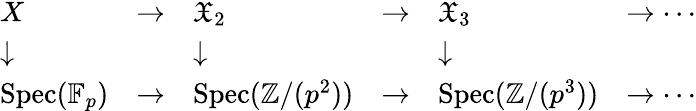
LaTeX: {\begin{array}{llllll}{X}&{\to}&{{\mathfrak{X}}_{2}}&{\to}&{{\mathfrak{X}}_{3}}&{\to\cdots}\\ {\downarrow}&&{\downarrow}&&{\downarrow}&\\ {\operatorname{Spec}(\mathbb{F}_{p})}&{\to}&{\operatorname{Spec}(\mathbb{Z}/(p^{2}))}&{\to}&{\operatorname{Spec}(\mathbb{Z}/(p^{3}))}&{\to\cdots}\end{array}}